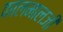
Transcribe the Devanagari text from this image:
कालमालजी